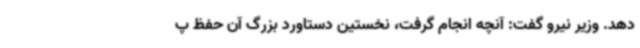
دهد. وزیر نیرو گفت: آنچه انجام گرفت، نخستین دستاورد بزرگ آن حفظ پ